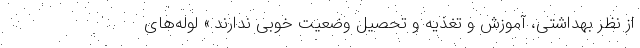
از نظر بهداشتی، آموزش و تغذیه و تحصیل وضعیت خوبی ندارند.» لوله‌های